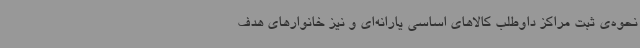
نحوه‌ی ثبت مراکز داوطلب کالاهای اساسی یارانه‌ای و نیز خانوارهای هدف